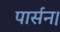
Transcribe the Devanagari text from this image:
पार्सन।